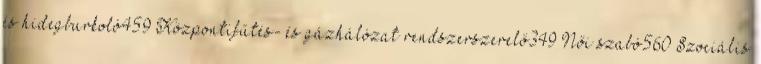
és hidegburkoló459 Központifűtés- és gázhálózat rendszerszerelő349 Női szabó560 Szociális